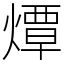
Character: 燂